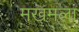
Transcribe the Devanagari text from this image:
मखमला